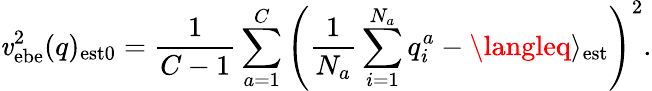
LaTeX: \mathit{v}_{\mathrm{{ebe}}}^{2}(q)_{\mathrm{{est0}}}={\frac{{1}}{{C-1}}}\sum_{a=1}^{C}\left({\frac{{1}}{{N_{a}}}}\sum_{i=1}^{N_{a}}q_{i}^{a}-\langleq\rangle_{\mathrm{{est}}}\right)^{2}.